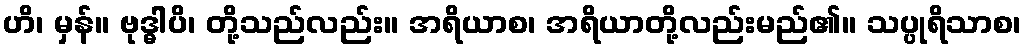
ဟိ၊ မှန်။ ဗုဒ္ဓါပိ၊ တို့သည်လည်း။ အရိယာစ၊ အရိယာတို့လည်းမည်၏။ သပ္ပုရိသာစ၊